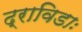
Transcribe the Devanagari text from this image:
द्राविडाः